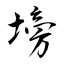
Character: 塝